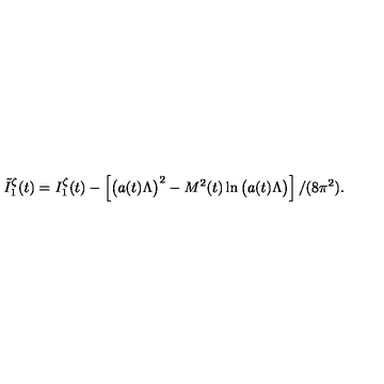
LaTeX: \tilde { I } _ { 1 } ^ { \zeta } ( t ) = I _ { 1 } ^ { \zeta } ( t ) - \left[ \left( a ( t ) \Lambda \vphantom { ^ 2 } \right) ^ { 2 } - M ^ { 2 } ( t ) \ln \left( a ( t ) \Lambda \vphantom { ^ 2 } \right) \right] / ( 8 \pi ^ { 2 } ) .